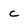
Character: c